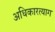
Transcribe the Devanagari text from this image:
अधिकारत्याग